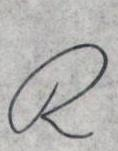
R